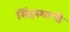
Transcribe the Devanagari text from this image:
सिंहस्थाची